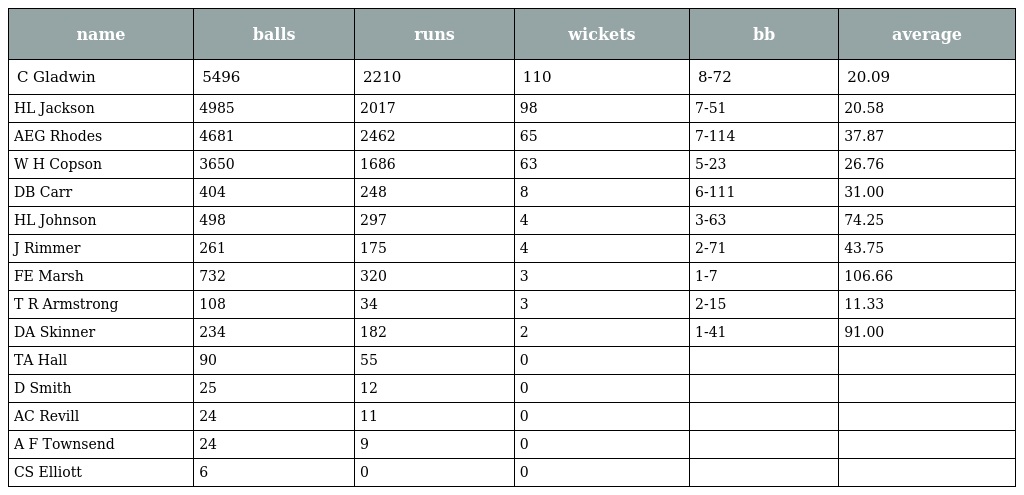
| name | balls | runs | wickets | bb | average |
 | --- | --- | --- | --- | --- | --- |
 | C Gladwin | 5496 | 2210 | 110 | 8-72 | 20.09 |
 | HL Jackson | 4985 | 2017 | 98 | 7-51 | 20.58 |
 | AEG Rhodes | 4681 | 2462 | 65 | 7-114 | 37.87 |
 | W H Copson | 3650 | 1686 | 63 | 5-23 | 26.76 |
 | DB Carr | 404 | 248 | 8 | 6-111 | 31.00 |
 | HL Johnson | 498 | 297 | 4 | 3-63 | 74.25 |
 | J Rimmer | 261 | 175 | 4 | 2-71 | 43.75 |
 | FE Marsh | 732 | 320 | 3 | 1-7 | 106.66 |
 | T R Armstrong | 108 | 34 | 3 | 2-15 | 11.33 |
 | DA Skinner | 234 | 182 | 2 | 1-41 | 91.00 |
 | TA Hall | 90 | 55 | 0 |  |  |
 | D Smith | 25 | 12 | 0 |  |  |
 | AC Revill | 24 | 11 | 0 |  |  |
 | A F Townsend | 24 | 9 | 0 |  |  |
 | CS Elliott | 6 | 0 | 0 |  |  |